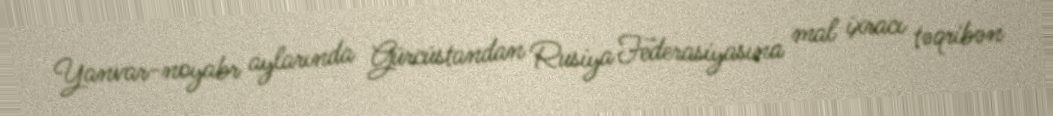
Yanvar-noyabr aylarında Gürcüstandan Rusiya Federasiyasına mal ixracı təqribən